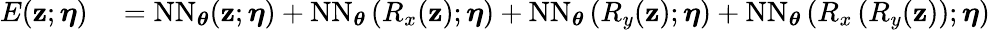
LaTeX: \begin{array}{rl}{E(\mathbf{z};\boldsymbol{\eta})}&{{}=\mathrm{NN}_{\boldsymbol{\theta}}(\mathbf{z};\boldsymbol{\eta})+\mathrm{NN}_{\boldsymbol{\theta}}\left(R_{x}(\mathbf{z});\boldsymbol{\eta}\right)+\mathrm{NN}_{\boldsymbol{\theta}}\left(R_{y}(\mathbf{z});\boldsymbol{\eta}\right)+\mathrm{NN}_{\boldsymbol{\theta}}\left(R_{x}\left(R_{y}(\mathbf{z})\right);\boldsymbol{\eta}\right)}\end{array}